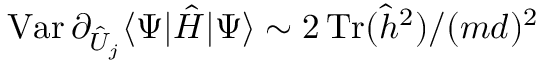
\operatorname { V a r } \partial _ { \hat { U } _ { j } } \langle \Psi | \hat { H } | \Psi \rangle \sim 2 \operatorname { T r } ( \hat { h } ^ { 2 } ) / ( m d ) ^ { 2 }